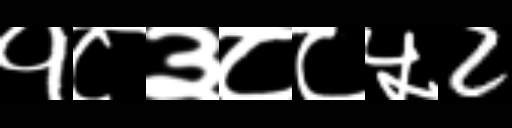
Text: १८३८८५2